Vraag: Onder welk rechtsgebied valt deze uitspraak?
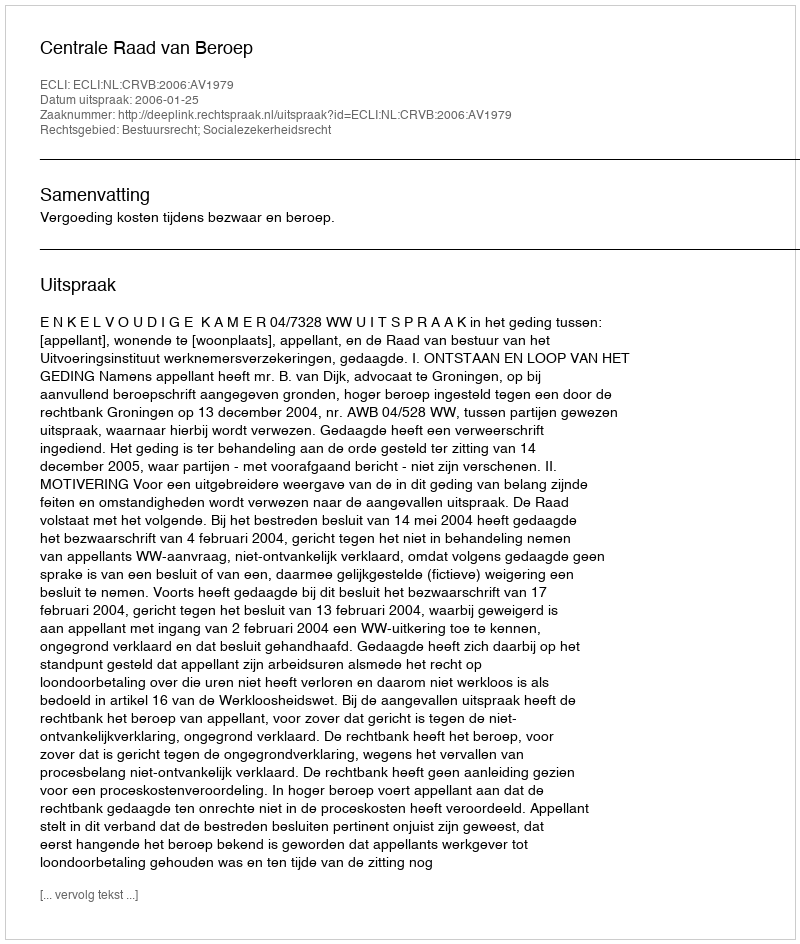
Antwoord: Bestuursrecht; Socialezekerheidsrecht